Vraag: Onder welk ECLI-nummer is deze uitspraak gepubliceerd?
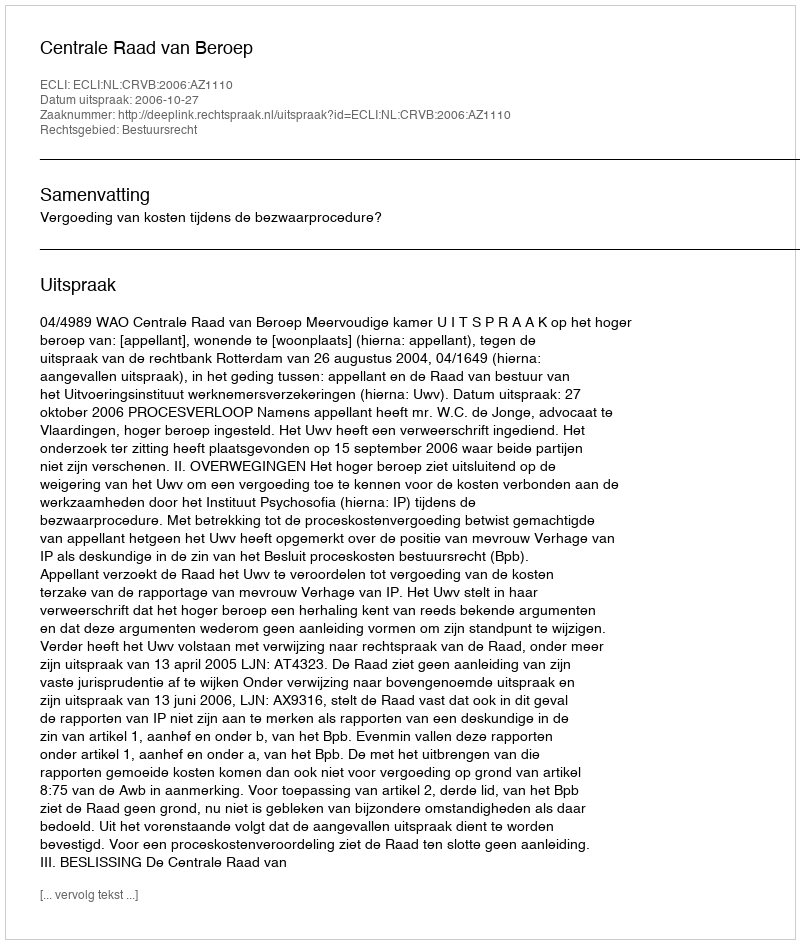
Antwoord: ECLI:NL:CRVB:2006:AZ1110